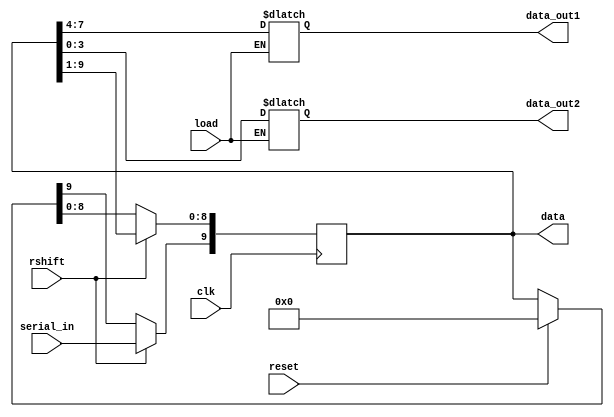
module rxd_shift (clk, load, serial_in, rshift,data, reset,data_out1,data_out2);
input clk;
input load;
input reset;
input rshift;
input serial_in;
//shift register with clk, reset, load, rshift, serial_in inputs 

//output the shifted data
output [9:0]data;

//assign to variables to load the data and separate in two parts for 7segments
output [3:0]data_out1;
output [3:0]data_out2;

//assign the variables to hold the present and next count values
reg[9:0] pshift, nshift;
reg [3:0]data_out1;
reg [3:0]data_out2;

//set the parallel out to be the present value
assign data=pshift;

//the sequential code to synthesise the latches
always@(posedge clk)
begin 
   if (clk)
   pshift<=nshift;
end

//The combinational code to perform the baud counter it required
always@(pshift,reset,rshift,serial_in)
	begin 
		// specify the defaults
		nshift=pshift;
		
		//if all the data are shifted then load the data to two registers to connected to 7segments
		if(load)
			begin
				data_out1=data[7:4];    //the first seven segment
				data_out2=data[3:0];    //the second seven segment
			end
		if (reset)
			nshift = 12'b0;
		if(rshift)
			begin
				//shift
				nshift = pshift >> 1;
				nshift[9] = serial_in;
			end
	end
endmodule